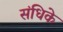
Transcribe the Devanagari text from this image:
संधिके